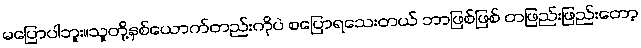
မပြောပါဘူး။သူတို့နှစ်ယောက်တည်းကိုပဲ စပြောရသေးတယ် ဘာဖြစ်ဖြစ် တဖြည်းဖြည်းတော့